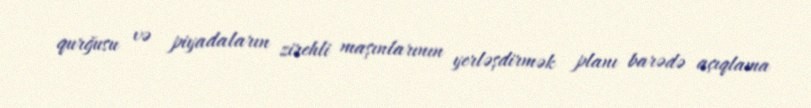
qurğusu və piyadaların zirehli maşınlarının yerləşdirmək planı barədə açıqlama